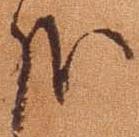
哉